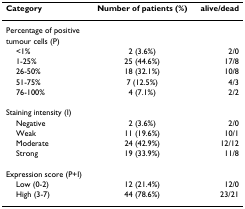
<table><thead><tr><td><b>Category</b></td><td><b>Number of patients (%)</b></td><td><b>alive/dead</b></td></tr></thead><tbody><tr><td>Percentage of positive</td><td>[EMPTY_CELL]</td><td>[EMPTY_CELL]</td></tr><tr><td>tumour cells (P)</td><td>[EMPTY_CELL]</td><td>[EMPTY_CELL]</td></tr><tr><td> &lt;1%</td><td>2 (3.6%)</td><td>2/0</td></tr><tr><td> 1-25%</td><td>25 (44.6%)</td><td>17/8</td></tr><tr><td> 26-50%</td><td>18 (32.1%)</td><td>10/8</td></tr><tr><td> 51-75%</td><td>7 (12.5%)</td><td>4/3</td></tr><tr><td> 76-100%</td><td>4 (7.1%)</td><td>2/2</td></tr><tr><td>Staining intensity (I)</td><td>[EMPTY_CELL]</td><td>[EMPTY_CELL]</td></tr><tr><td> Negative</td><td>2 (3.6%)</td><td>2/0</td></tr><tr><td> Weak</td><td>11 (19.6%)</td><td>10/1</td></tr><tr><td> Moderate</td><td>24 (42.9%)</td><td>12/12</td></tr><tr><td> Strong</td><td>19 (33.9%)</td><td>11/8</td></tr><tr><td>Expression score (P+I)</td><td>[EMPTY_CELL]</td><td>[EMPTY_CELL]</td></tr><tr><td> Low (0-2)</td><td>12 (21.4%)</td><td>12/0</td></tr><tr><td> High (3-7)</td><td>44 (78.6%)</td><td>23/21</td></tr></tbody></table>